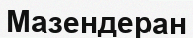
Мазендеран